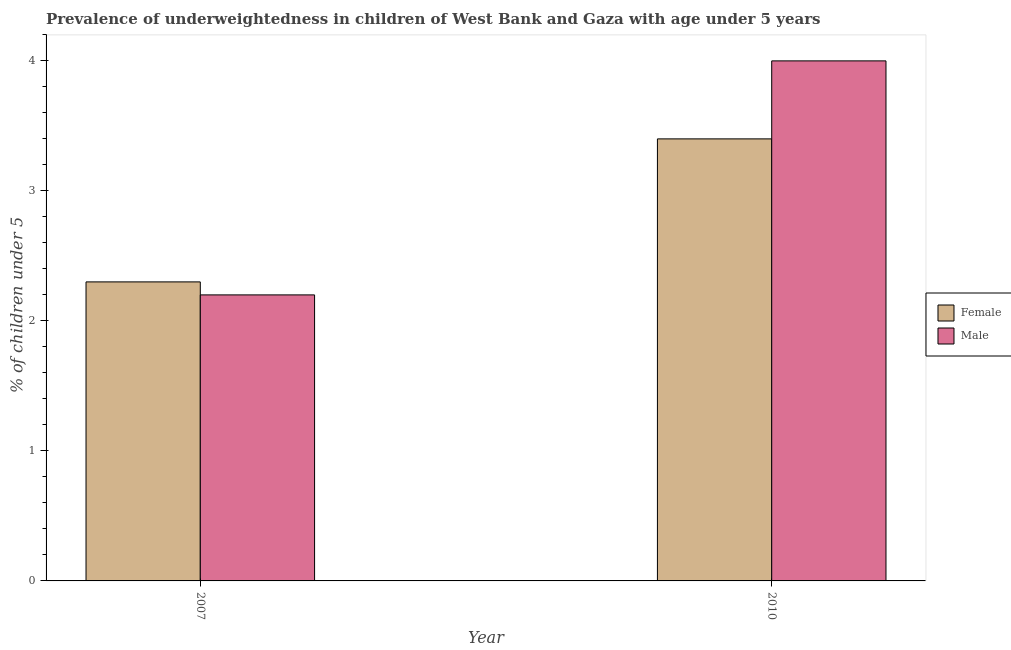
| Year | Female | Male |
 | --- | --- | --- |
 | 2007 | 2.3 | 2.2 |
 | 2010 | 3.4 | 4 |